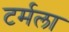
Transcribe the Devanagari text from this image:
टर्मला